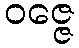
ဝဇ္ဇေ